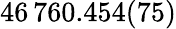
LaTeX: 46\, 760.454(75)